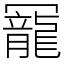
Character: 𠖥